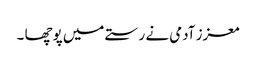
معزز آدمی نے رستے میں پوچھا ۔